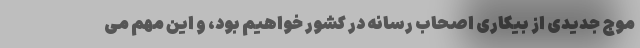
موج جدیدی از بیکاری اصحاب رسانه در کشور خواهیم بود، و این‌ مهم می